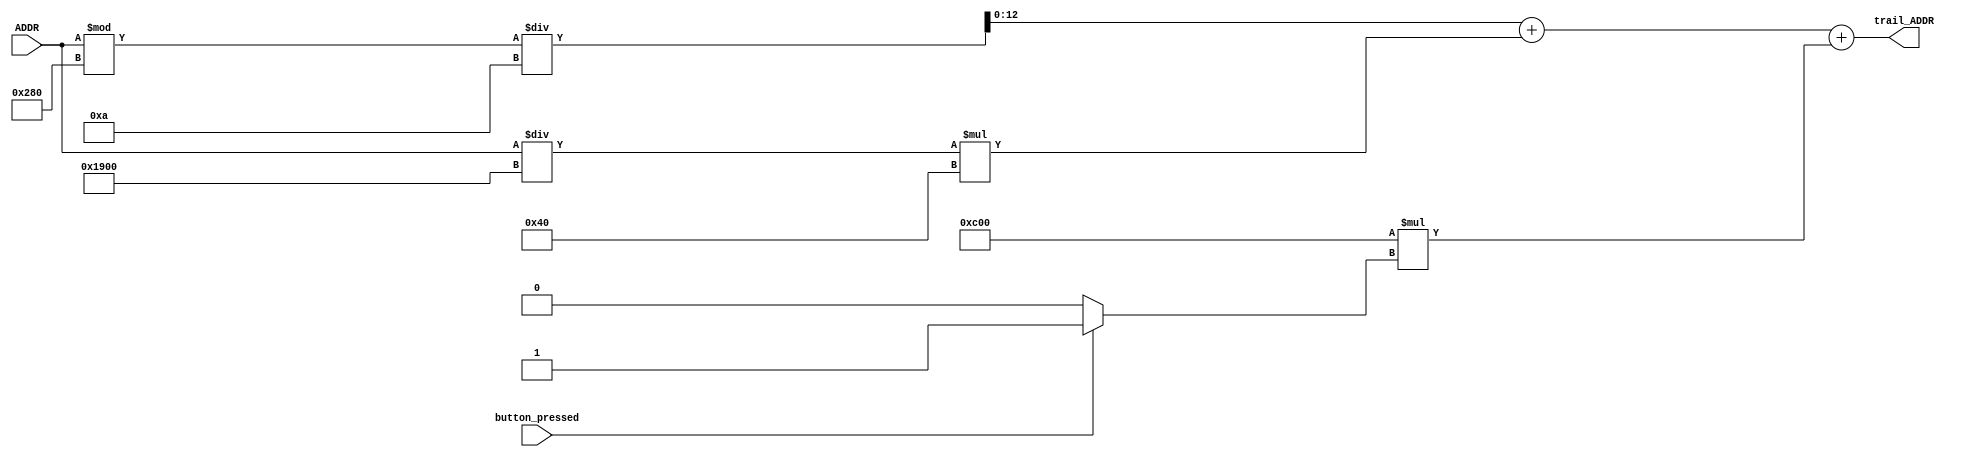
module convertTrailAddr(ADDR, trail_ADDR, button_pressed);
	input[18:0] ADDR;
	input button_pressed;
	output [12:0] trail_ADDR;
	
	// wire [18:0] X,Y,Xtemp,temp_trail_ADDR, temp_trail_ADDR_1;
	wire [31:0] X,Y,Xtemp,temp_trail_ADDR, temp_trail_ADDR_1;
//	assign X = ADDR%640;
//	assign Y = ADDR/6400;
//	assign Xtemp = X/10;
//	// NOTE HAVE ERROR WHERE IT READS MULTIPLE TIMES ACROSS THE SCREEN
//	assign temp_trail_ADDR_1 = Y*10;
//	assign temp_trail_ADDR = temp_trail_ADDR_1+Xtemp;
	
//	assign X = ADDR%32'd640;
//	assign Y = ADDR/32'd640;
//	assign Xtemp = X/32'd10;
//	// NOTE HAVE ERROR WHERE IT READS MULTIPLE TIMES ACROSS THE SCREEN
//	assign temp_trail_ADDR = Y+Xtemp;

	// NOTE HAVE ERROR WHERE IT READS MULTIPLE TIMES ACROSS THE SCREEN
	
	// If I do this, it does it many, many more times, can't tell if this operation is too fast or slow
	assign temp_trail_ADDR = (ADDR%640)/10+(ADDR/6400)*64;

	//	assign temp_trail_ADDR = ((ADDR%640)+10*ADDR)<<6;

	wire button_menu;
	assign button_menu = button_pressed ? 1'b1: 1'd0;
	assign trail_ADDR = temp_trail_ADDR[12:0] + 3072*button_menu;
endmodule